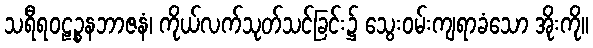
သရီရဝဠဉ္စနဘာဇနံ၊ ကိုယ်လက်သုတ်သင်ခြင်း၌ သွေးဝမ်းကျရာခံသော အိုးကို။